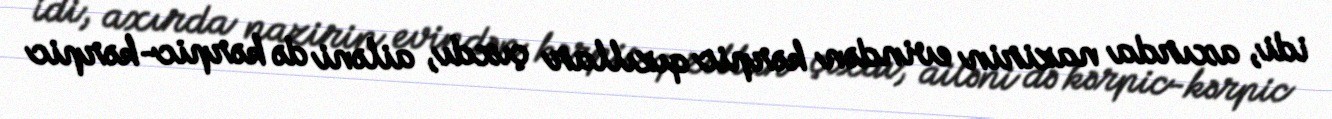
idi, axırda nazirin evindən kərpic qızıllar çıxdı, ailəni də kərpic-kərpic